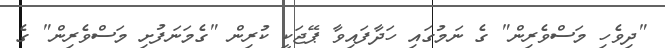
"ދިވެހި މަސްވެރިން" ގެ ނަމުގައި ހަދާފައިވާ ޕޭޖަކީ ކުރިން "ގެމަނަފުށި މަސްވެރިން" ގެ